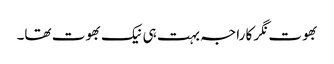
بھوت نگر کا راجہ بہت ہی نیک بھوت تھا۔